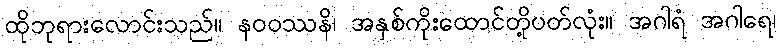
ထိုဘုရားလောင်းသည်။ နဝဝဿနိ၊ အနှစ်ကိုးထောင်တို့ပတ်လုံး။ အဂါရံ အဂါရေ၊